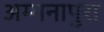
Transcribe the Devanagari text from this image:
अम्मनापुरा